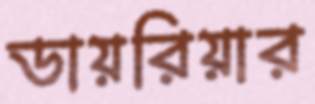
ডায়রিয়ার